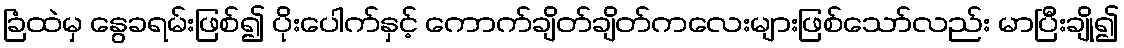
ခြံထဲမှ နွေခရမ်းဖြစ်၍ ပိုးပေါက်နှင့် ကောက်ချိတ်ချိတ်ကလေးများဖြစ်သော်လည်း မာပြီးချို၍